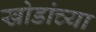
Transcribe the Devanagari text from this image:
खोडांच्या